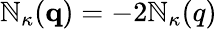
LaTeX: {\cal\mathbb{N}}_{\kappa}({\mathbf{q}})=-2\mathbb{N}_{\kappa}(q)